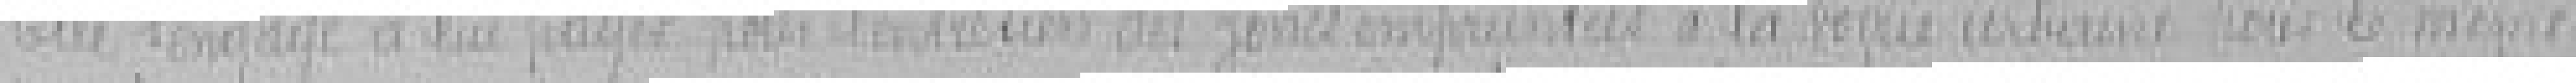
Elle s'engage à lui payer pour l'entretien des zones empruntées à la voirie urbaine pour le même